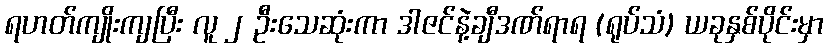
ရဟတ်ကျိုးကျပြီး လူ ၂ ဦးသေဆုံးကာ ဒါဇင်နဲ့ချီဒဏ်ရာရ (ရုပ်သံ) ယခုနှစ်ပိုင်းမှာ